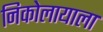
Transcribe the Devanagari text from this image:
निकोलायाला